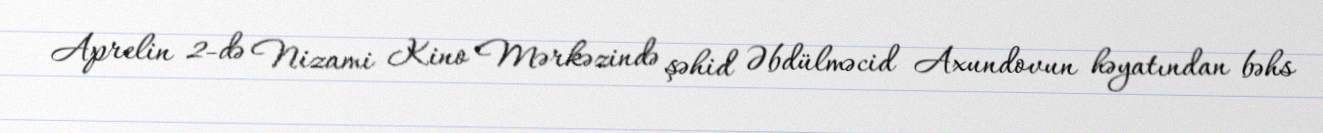
Aprelin 2-də Nizami Kino Mərkəzində şəhid Əbdülməcid Axundovun həyatından bəhs